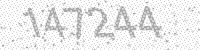
Solution: 147244